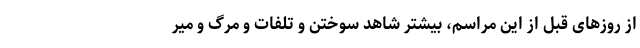
از روز‌های قبل از این مراسم، بیشتر شاهد سوختن و تلفات و مرگ و میر